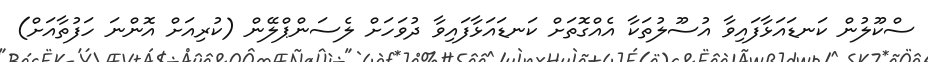
ސްކޫލުން ކަނޑައަޅާފައިވާ އުސޫލުތަކާ އެއްގޮތަށް ކަނޑައަޅާފައިވާ ދުވަހަށް ލެސަންޕްލޭން (ކުރިއަށް އޮންނަ ހަފުތާއަށް)